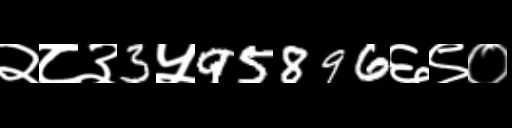
Text: २८३3५95896६९०